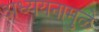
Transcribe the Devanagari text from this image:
अध्ययनामुळे